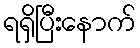
ရရှိပြီးနောက်